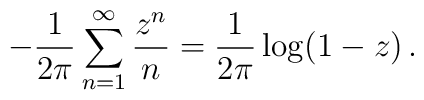
-\frac{1}{2\pi}\sum_{n=1}^{\infty}\frac{z^n}{n}=\frac{1}{2\pi}\log(1-z)\,.